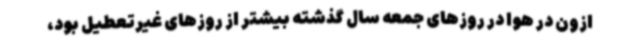
ازون در هوا در روزهای جمعه‌ سال گذشته بیشتر از روزهای غیرتعطیل بود،